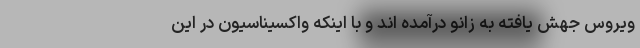
ویروس جهش یافته به زانو درآمده اند و با اینکه واکسیناسیون در این